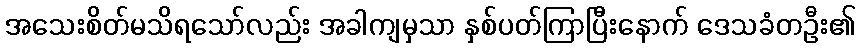
အသေးစိတ်မသိရသော်လည်း အခါကျမှသာ နှစ်ပတ်ကြာပြီးနောက် ဒေသခံတဦး၏